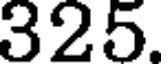
325.